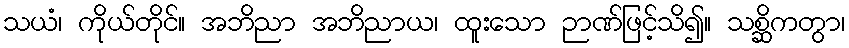
သယံ၊ ကိုယ်တိုင်။ အဘိညာ အဘိညာယ၊ ထူးသော ဉာဏ်ဖြင့်သိ၍။ သစ္ဆိကတွာ၊